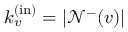
k _ { v } ^ { \mathrm { ( i n ) } } = | \mathcal { N } ^ { - } ( v ) |